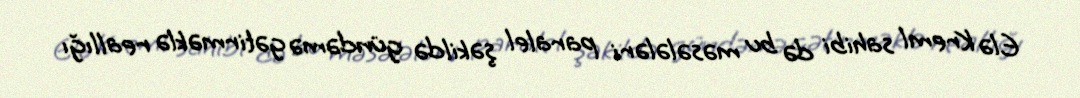
Elə Kreml sahibi də bu məsələləri paralel şəkildə gündəmə gətirməklə reallığı